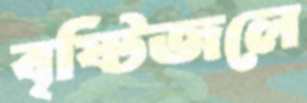
বৃষ্টিজলে